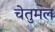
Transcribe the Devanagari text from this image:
चेतुमल